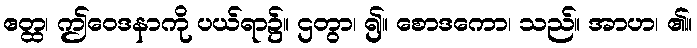
ဧတ္ထ၊ ဤဝေဒနာကို ပယ်ရာ၌။ ဌတွာ၊ ၍။ စောဒကော၊ သည်။ အာဟ၊ ၏။